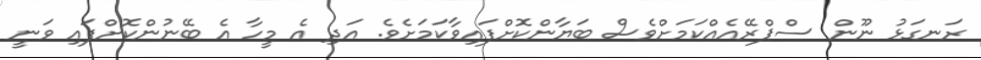
ރަނގަޅު ނޫން ސްޕްރޭއެއްކަމަށްވެސް ބަޔާންކޮށްފައިވާކަަމަށެވެ. އަދި އެ މީހާ އެ ބޭނުންކޮށްފައި ވަނީ